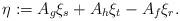
LaTeX: \begin{align*}\eta:=A_g\xi_s+A_h\xi_t-A_f\xi_r.\end{align*}